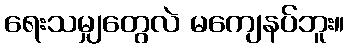
ရေးသမျှတွေလဲ မကျေနပ်ဘူး။